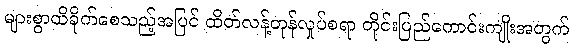
များစွာထိခိုက်စေသည့်အပြင် ထိတ်လန့်တုန်လှုပ်စရာ တိုင်းပြည်ကောင်းကျိုးအတွက်